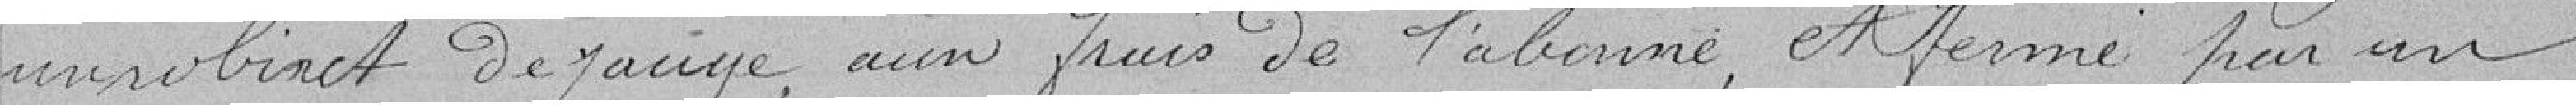
un robinet de jauge, aux frais de l'abonné et fermé par un